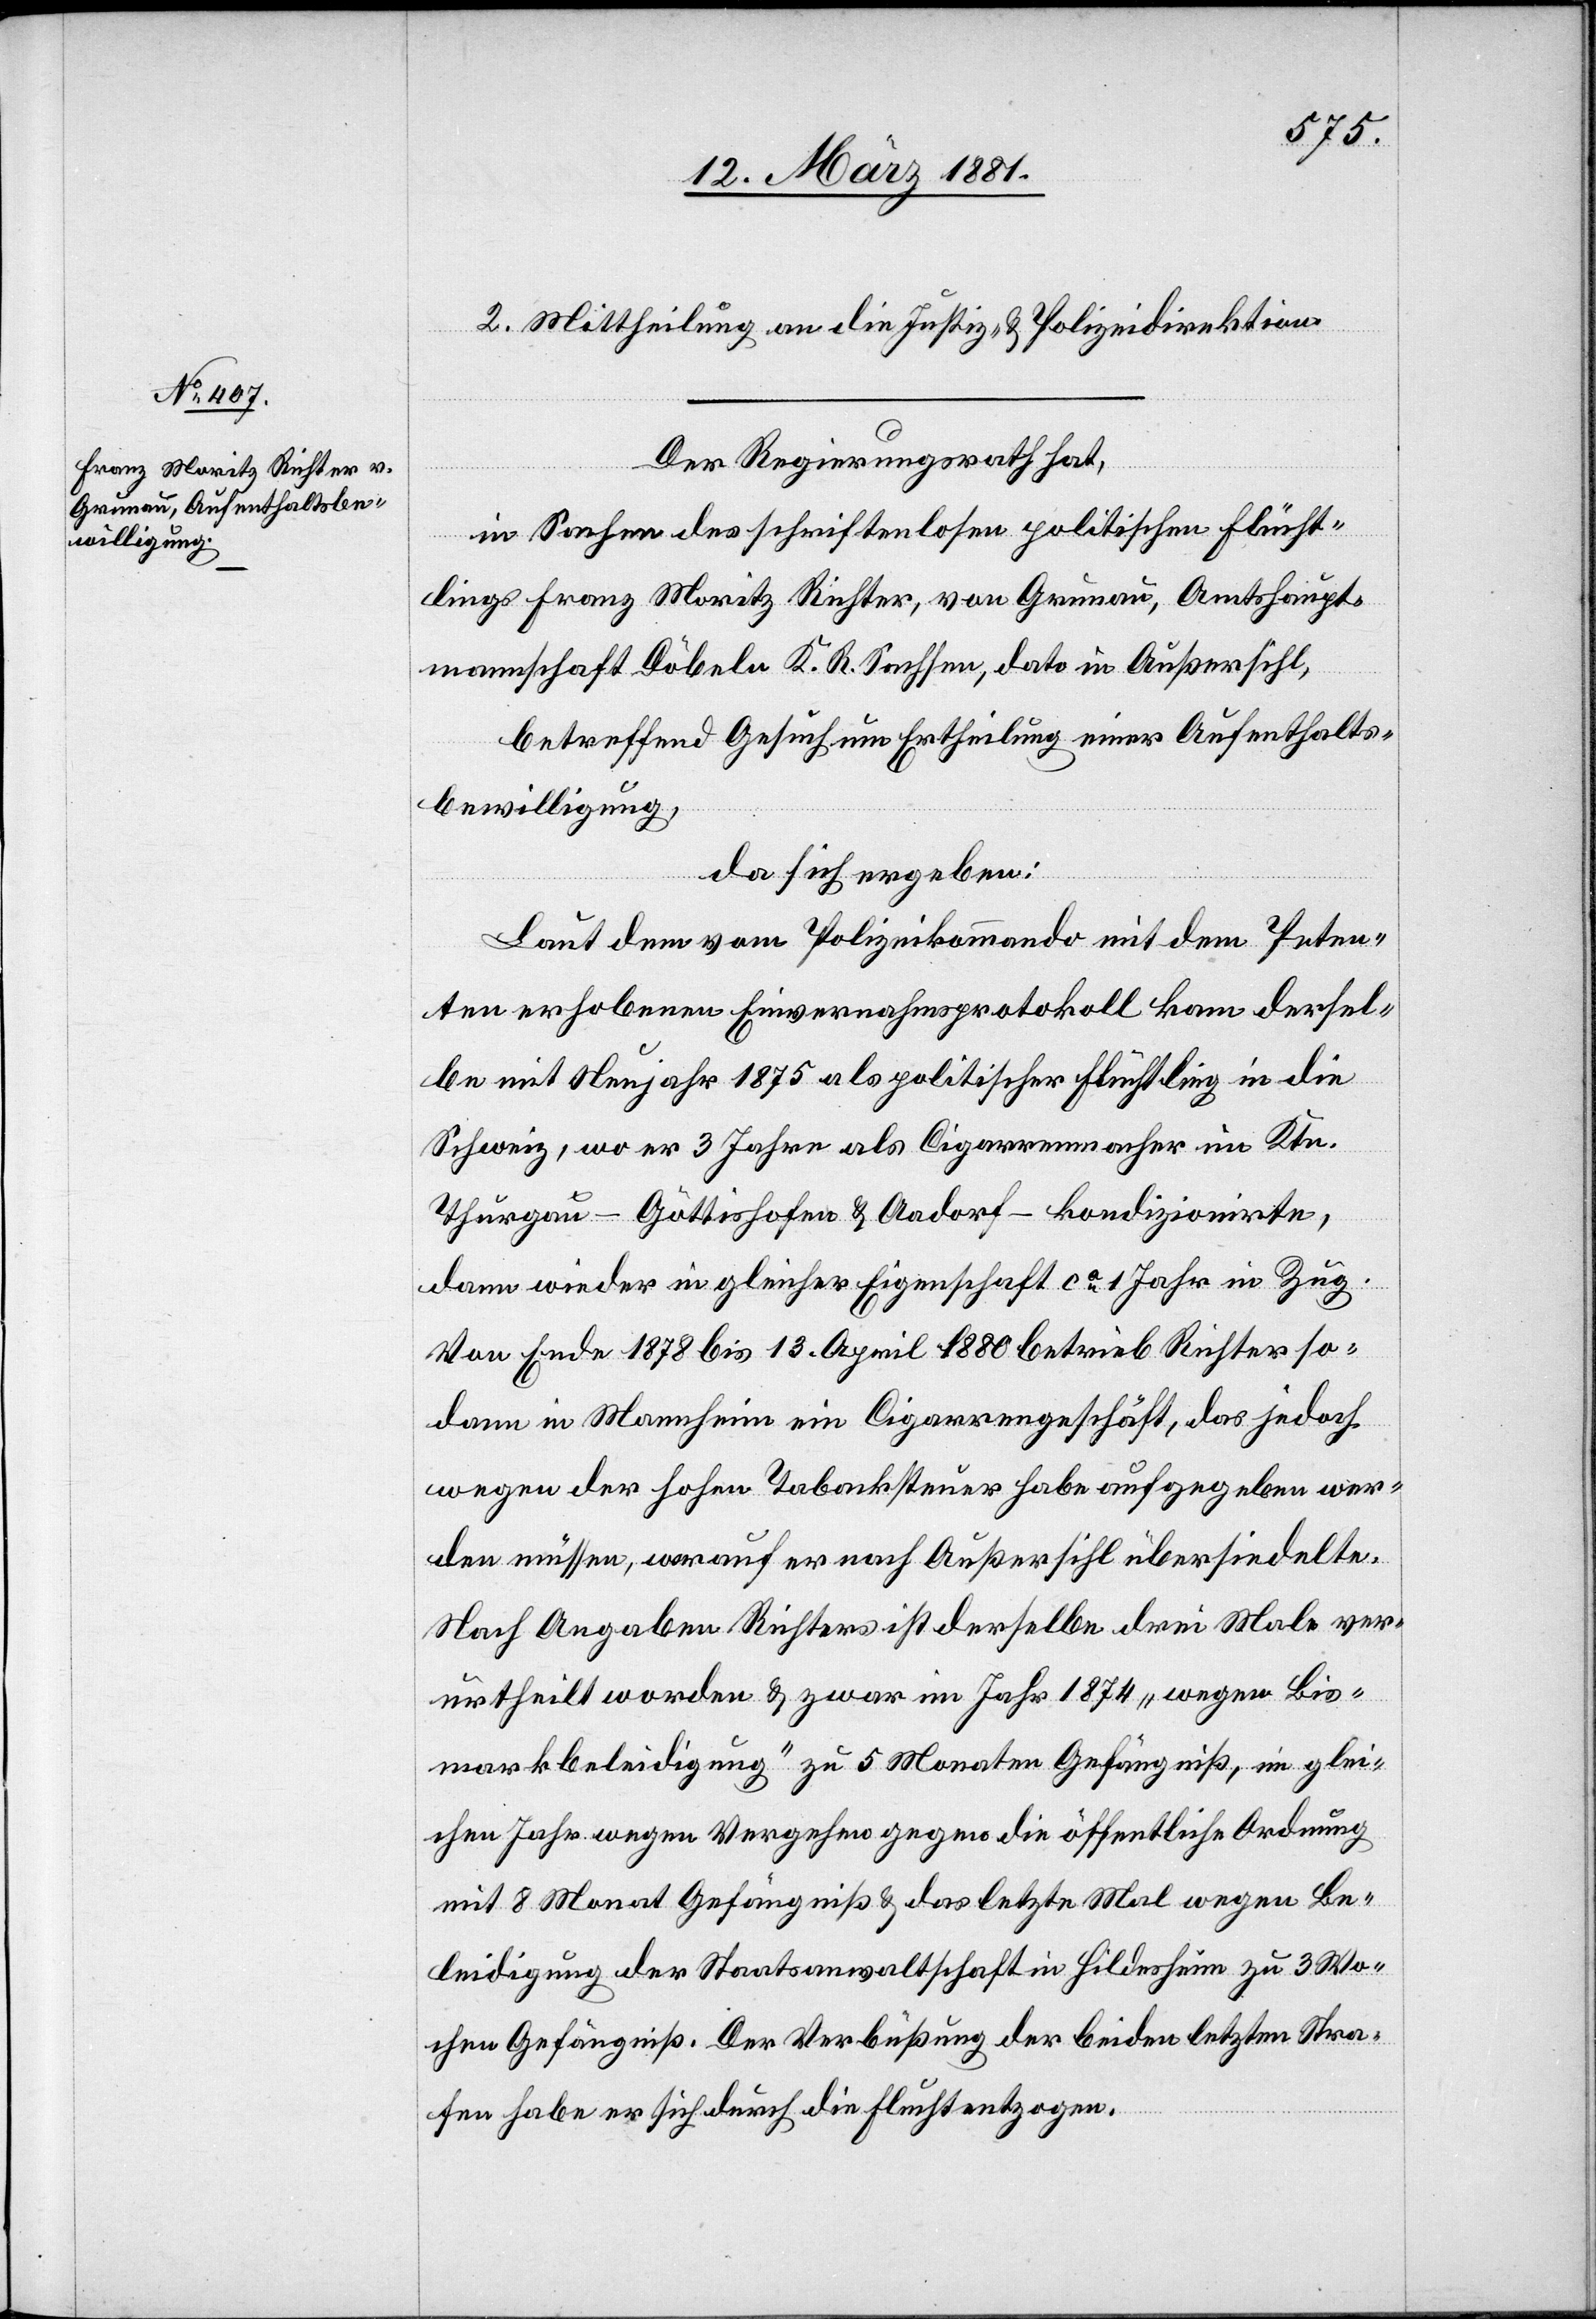
Stra¬
2. Mittheilung an die Justiz- & Polizeidirektion.
Der Regierungsrath hat,
in Sachen des schriftenlosen politischen Flücht¬
lings Franz Moritz Richter, von Grunau, Amtshaupt¬
mannschaft Döbeln K. R. Sachsen, dato in Außersihl,
betreffend Gesuch um Ertheilung einer Aufenthalts¬
bewilligung,
da sich ergeben:
Laut dem vom Polizeikommando mit dem Peten¬
ten erhobenen Einvernahmsprotokoll kam dersel¬
be mit Neujahr 1875 als politischer Flüchtling in die
Schweiz, wo er 3 Jahre als Cigarrenmacher im Ktn.
Thurgau – Göttishofen & Aadorf – kondizionirte,
dann wieder in gleicher Eigenschaft ca 1 Jahr in Zug.
Von Ende 1878 bis 13. April 1880 betrieb Richter so¬
dann in Mannheim ein Cigarrengeschäft, das jedoch
wegen der hohen Tabacksteuer habe aufgegeben wer¬
den müssen, worauf er nach Außersihl übersiedelte.
Nach Angaben Richters ist derselbe drei Male ver¬
urtheilt worden & zwar im Jahr 1874 „wegen Bis¬
markbeleidigung“ zu 5 Monaten Gefängniß, im glei¬
chen Jahr wegen Vergehen gegen die öffentliche Ordnung
fen habe er sich durch die Flucht entzogen.